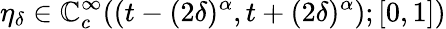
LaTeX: \eta_{\delta}\in\mathbb{C}_{c}^{\infty}((t-(2\delta)^{\alpha},t+(2\delta)^{\alpha});[0,1])